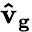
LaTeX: \mathbf{\hat{v}_{g}}